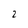
Character: 2